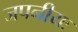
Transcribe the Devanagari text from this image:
जपनीयः